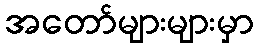
အတော်များများမှာ